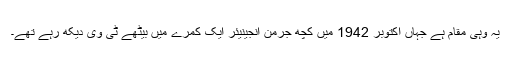
یہ وہی مقام ہے جہاں اکتوبر 1942 میں کچھ جرمن انجینیئر ایک کمرے میں بیٹھے ٹی وی دیکھ رہے تھے۔